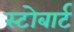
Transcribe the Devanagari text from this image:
स्टोबार्ट